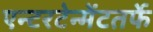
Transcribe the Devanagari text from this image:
एन्टरटेन्मेंटतर्फे